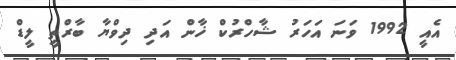
އެއީ 1992 ވަނަ އަހަރު ޝާހްރުކް ޚާން އަދި ދިވްޔާ ބާރްތީ ލީޑް